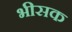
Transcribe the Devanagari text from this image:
भीसक